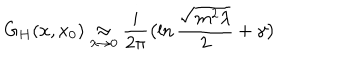
LaTeX: G _ { H } ( x , x _ { 0 } ) \mathrel { \mathop { \approx } _ { \lambda \rightarrow 0 } } { \frac { i } { 2 \pi } } \bigl ( \ln { \frac { \sqrt { m ^ { 2 } \lambda } } { 2 } } + \gamma \bigr )